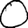
Digit: 0